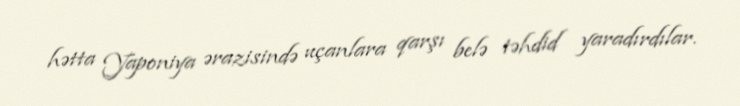
hətta Yaponiya ərazisində uçanlara qarşı belə təhdid yaradırdılar.